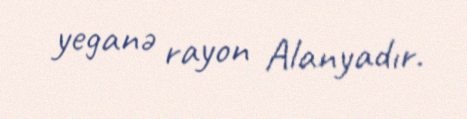
yeganə rayon Alanyadır.